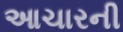
આચારની